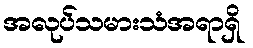
အလုပ်သမားသံအရာရှိ